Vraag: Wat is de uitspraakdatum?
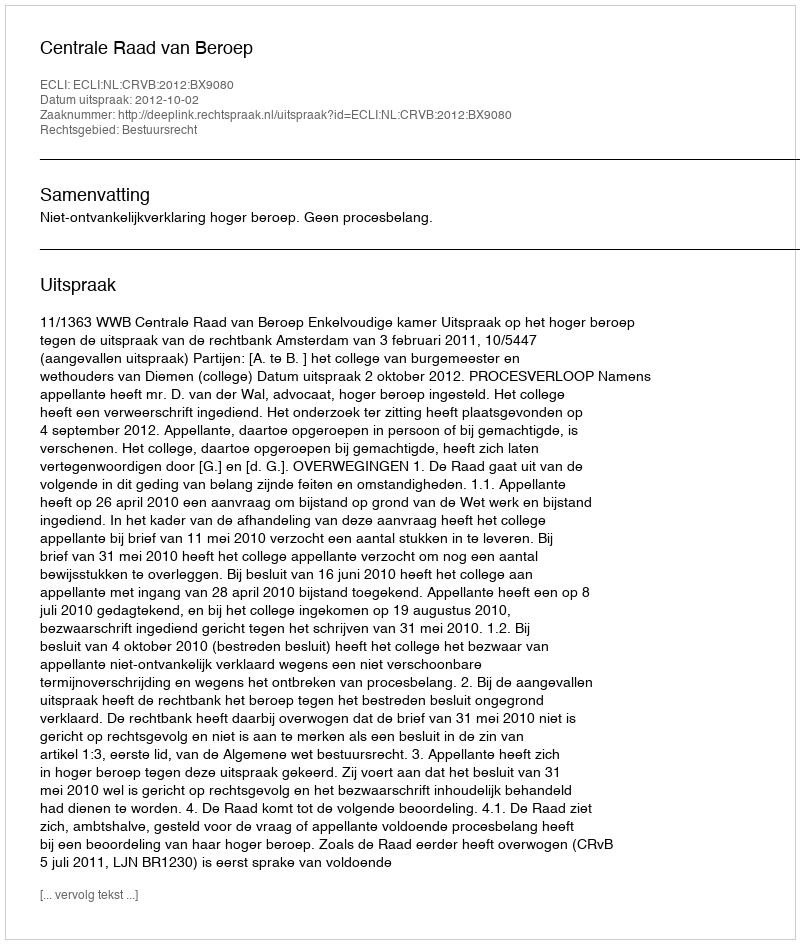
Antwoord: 2012-10-02